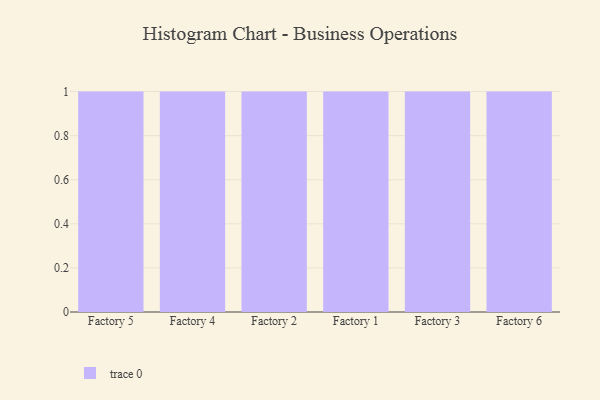
{"axis": {"x": "Factory", "y": "Energy Usage (MWh)"}, "legend": [""], "data": [{"x": "Factory 5", "y": 44, "type": ""}, {"x": "Factory 4", "y": 89, "type": ""}, {"x": "Factory 2", "y": 58, "type": ""}, {"x": "Factory 1", "y": 77, "type": ""}, {"x": "Factory 3", "y": 79, "type": ""}, {"x": "Factory 6", "y": 1, "type": ""}]}